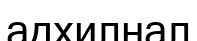
адхилнал